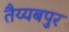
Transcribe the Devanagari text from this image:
तैय्यबपुर